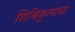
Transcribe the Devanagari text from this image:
शिबिकुलाचा